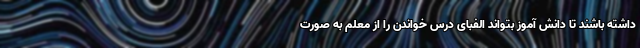
داشته باشند تا دانش آموز بتواند الفبای درس خواندن را از معلم به صورت